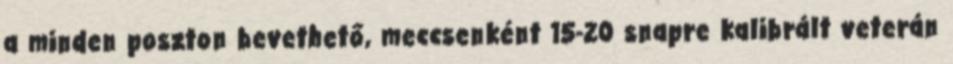
a minden poszton bevethető, meccsenként 15-20 snapre kalibrált veterán